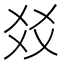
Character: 㸚